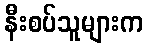
နီးစပ်သူများက